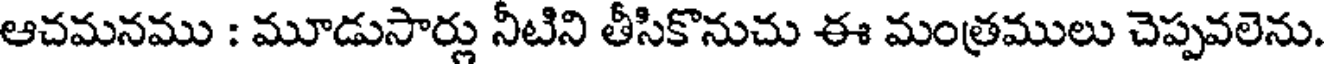
ఆచమనము : మూడుసార్లు నీటిని తీసికొనుచు ఈ మంత్రములు చెప్పవలెను.